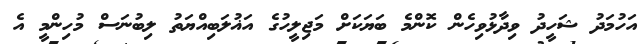
އަހުމަދު ޝަހީދު ވިދާޅުވިހެން ކޮންމެ ބަޔަކަށް މަޖިލީހުގެ އަޣުލަބިއްޔަތު ލިބުނަސް މުހިންމީ އެ